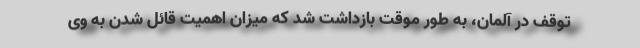
توقف در آلمان، به طور موقت بازداشت شد که میزان اهمیت قائل شدن به وی